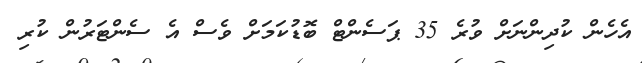
އެހެން ކުދިންނަށް ވުރެ 35 ޕަސެންޓް ބޮޑުކަމަށް ވެސް އެ ސެންޓަރުން ކުރި